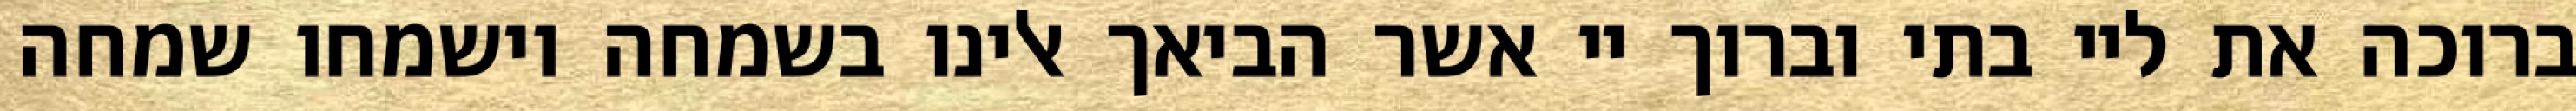
ברוכה את ליי בתי וברוך יי אשר הביאך אלינו בשמחה וישמחו שמחה